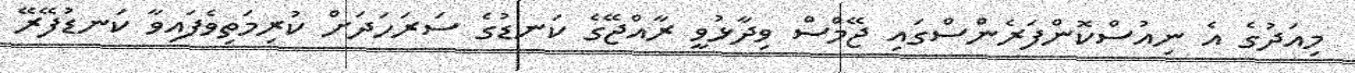
މިއަދުގެ އެ ނިއުސްކޮންފަރެންސްގައި ޖޭމްސް ވިދާޅުވީ ރާއްޖޭގެ ކަނޑުގެ ސަރަހަދަށް ކުރިމަތިވެފައިވާ ކަނޑުފޭރޭ